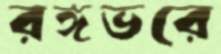
রঙ্গভরে